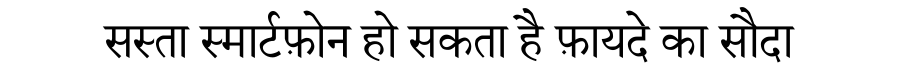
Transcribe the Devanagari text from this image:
सस्ता स्मार्टफ़ोन हो सकता है फ़ायदे का सौदा